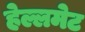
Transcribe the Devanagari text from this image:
हेल्लमेट